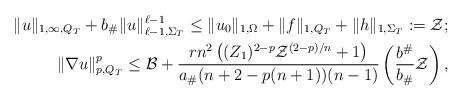
LaTeX: \begin{align*}\|u\|_{1,\infty,Q_T}+b_\#\|u\|_{\ell-1,\Sigma_T}^{\ell-1} \leq \|u_0\|_{1,\Omega}+\|f\|_{1,Q_T}+\|h \|_{1,\Sigma_T} := \mathcal{Z};\\ \|\nabla u\|_{p,Q_T}^p \leq \mathcal{B}+{rn^2 \left((Z_1)^{2-p} \mathcal{Z}^{(2-p)/ n}+1\right)\over a_\# (n+2-p(n+1)) (n-1)} \left( {b^\#\over b_\#}\mathcal{Z}\right),\end{align*}